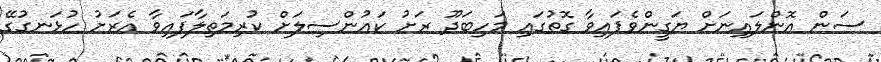
ސަން އޮންލައިނަށް ޔަގީންވެފައިވާ ގޮތުގައި މަހިބަދޫ ރަށު ކައުންސިލަށް ކުރިމަތިލާފައިވާ އެރަށު ހުޅަނގުގޭ